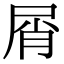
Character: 屑